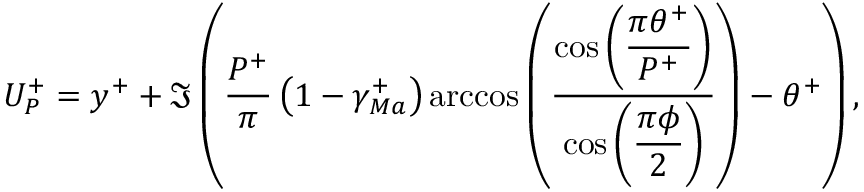
U _ { P } ^ { + } = y ^ { + } + \Im \left( \frac { P ^ { + } } { \pi } \left( 1 - \gamma _ { M a } ^ { + } \right) \operatorname { a r c c o s } \left( \frac { \cos \left( \displaystyle \frac { \pi \theta ^ { + } } { P ^ { + } } \right) } { \cos \left( \displaystyle \frac { \pi \phi } { 2 } \right) } \right) - \theta ^ { + } \right) ,